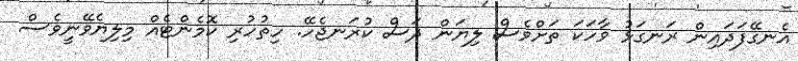
އެނގޭފަދައިން ރަނގަޅު ވާހަކަ ތަށްވެސް ލިޔަން ދަސް ކުރަނޖެހޭ. ހިތުހުރި ކޮމެންޓެއް މިލިޔެވޭނީވެސް